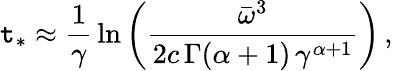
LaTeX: \mathtt{t}_{*}\approx\frac{{1}}{{\gamma}}\, \ln\left(\frac{{\bar{{\omega}}^{3}}}{{2c\, \Gamma(\alpha+1)\, \gamma^{\alpha+1}}}\right)\, ,